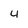
Character: 4